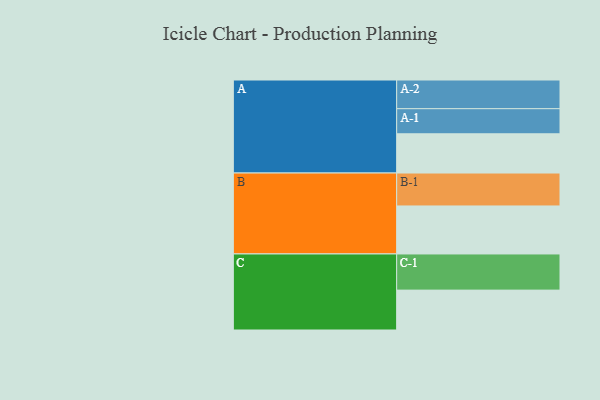
{"axis": {"x": "Segment", "y": "Value"}, "legend": ["", "A", "B", "C"], "data": [{"x": "A", "y": 305, "type": ""}, {"x": "B", "y": 373, "type": ""}, {"x": "C", "y": 310, "type": ""}, {"x": "A-1", "y": 195, "type": "A"}, {"x": "A-2", "y": 223, "type": "A"}, {"x": "B-1", "y": 256, "type": "B"}, {"x": "C-1", "y": 281, "type": "C"}]}